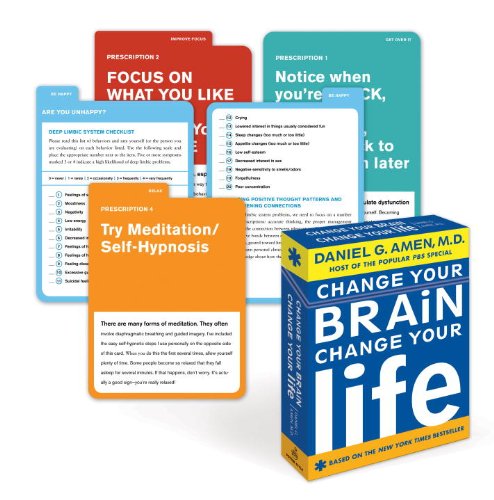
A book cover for Change Your Brain, Change Your Life Deck; Daniel G. Amen; Health, Fitness & Dieting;